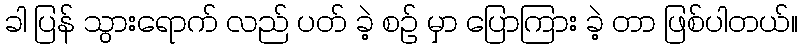
ခါ ပြန် သွားရောက် လည် ပတ် ခဲ့ စဉ် မှာ ပြောကြား ခဲ့ တာ ဖြစ်ပါတယ်။